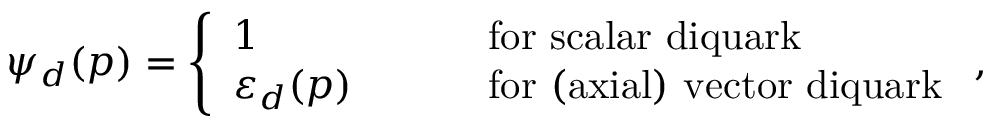
\psi _ { d } ( p ) = \left\{ \begin{array} { l l } { { 1 } } & { { \qquad \mathrm { ~ f o r ~ s c a l a r ~ d i q u a r k } } } \\ { { \varepsilon _ { d } ( p ) } } & { { \qquad \mathrm { ~ f o r ~ ( a x i a l ) ~ v e c t o r ~ d i q u a r k } } } \end{array} \right. ,